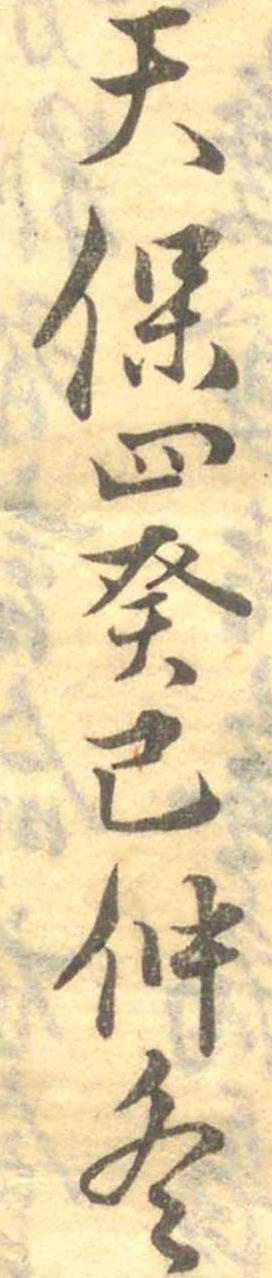
天保四癸己仲冬